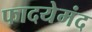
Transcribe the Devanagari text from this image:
फादयेमंद